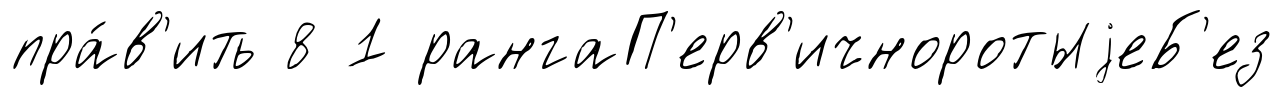
пра́в'ить 8 1 рангаП'ерв'ичноротыjеБ'ез